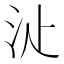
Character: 𣲓